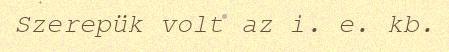
Szerepük volt az i. e. kb.